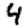
Digit: 4